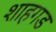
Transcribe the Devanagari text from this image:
शाहगड